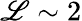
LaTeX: \mathscr{L}\sim2